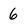
Character: 6